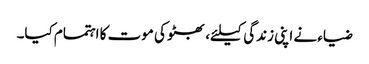
ضیاء نے اپنی زندگی کیلئے، بھٹو کی موت کا اہتمام کیا۔